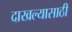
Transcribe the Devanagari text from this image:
दाखल्यासाठी